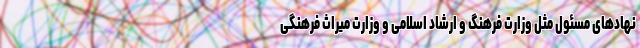
نهادهای مسئول مثل وزارت فرهنگ و ارشاد اسلامی و وزارت میراث فرهنگی